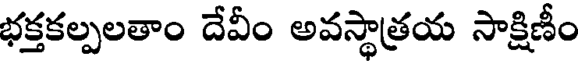
భక్తకల్పలతాం దేవీం అవస్థాత్రయ సాక్షిణీం